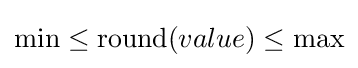
\min \leq \mathrm {round} (value)\leq \max